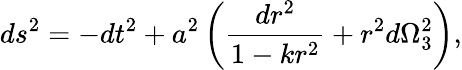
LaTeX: ds^{2}=-dt^{2}+a^{2}\left({\frac{dr^{2}}{1-kr^{2}}}+r^{2}d\Omega_{3}^{2}\right),